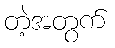
တဲ့အတွက်